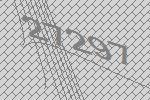
27297